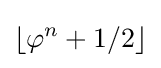
\lfloor \varphi ^{n}+1/2\rfloor